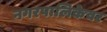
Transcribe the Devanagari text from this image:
नगरपालिकेवर